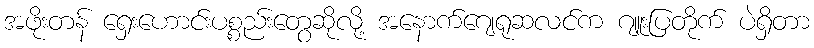
အဖိုးတန် ရှေးဟောင်းပစ္စည်းတွေဆိုလို့ အနောက်ဂျေရုဆလင်က ဂျူးပြတိုက် ပဲရှိတာ